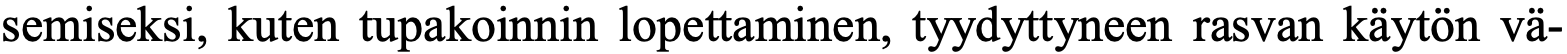
semiseksi, kuten tupakoinnin lopettaminen, tyydyttyneen rasvan käytön vä-